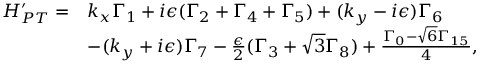
\begin{array} { r l } { H _ { P T } ^ { \prime } = } & { k _ { x } \Gamma _ { 1 } + i \epsilon ( \Gamma _ { 2 } + \Gamma _ { 4 } + \Gamma _ { 5 } ) + ( k _ { y } - i \epsilon ) \Gamma _ { 6 } } \\ & { - ( k _ { y } + i \epsilon ) \Gamma _ { 7 } - \frac { \epsilon } { 2 } ( \Gamma _ { 3 } + \sqrt { 3 } \Gamma _ { 8 } ) + \frac { \Gamma _ { 0 } - \sqrt { 6 } \Gamma _ { 1 5 } } { 4 } , } \end{array}